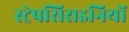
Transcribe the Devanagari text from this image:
स्ट्रेपसिराइनियों